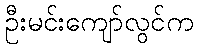
ဦးမင်းကျော်လွင်က